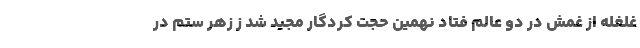
غلغله از غمش در دو عالم فتاد نهمین حجت کردگار مجید شد ز زهر ستم در